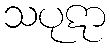
သပုဋာ